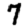
Digit: 7